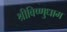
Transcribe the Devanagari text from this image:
श्रीविष्णुधाम